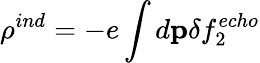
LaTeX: \rho^{ind}=-e\int d{\mathbf p}\delta f_{2}^{echo}